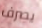
يصرف